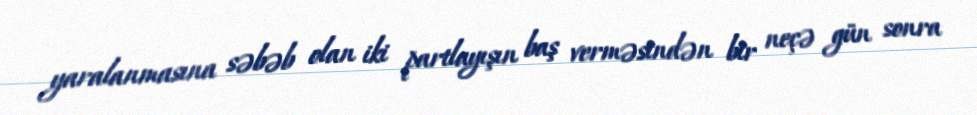
yaralanmasına səbəb olan iki partlayışın baş verməsindən bir neçə gün sonra